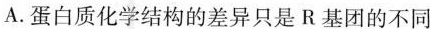
A.蛋白质化学结构的差异只是R基团的不同